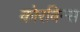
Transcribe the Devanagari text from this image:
कोरविन्स